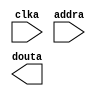
module program_memory(
  clka,
  addra,
  douta
);

input clka;
input [8 : 0] addra;
output [31 : 0] douta;

// synthesis translate_off

  BLK_MEM_GEN_V6_1 #(
    .C_ADDRA_WIDTH(9),
    .C_ADDRB_WIDTH(9),
    .C_ALGORITHM(1),
    .C_AXI_ID_WIDTH(4),
    .C_AXI_SLAVE_TYPE(0),
    .C_AXI_TYPE(1),
    .C_BYTE_SIZE(9),
    .C_COMMON_CLK(0),
    .C_DEFAULT_DATA("0"),
    .C_DISABLE_WARN_BHV_COLL(0),
    .C_DISABLE_WARN_BHV_RANGE(0),
    .C_FAMILY("spartan3"),
    .C_HAS_AXI_ID(0),
    .C_HAS_ENA(0),
    .C_HAS_ENB(0),
    .C_HAS_INJECTERR(0),
    .C_HAS_MEM_OUTPUT_REGS_A(0),
    .C_HAS_MEM_OUTPUT_REGS_B(0),
    .C_HAS_MUX_OUTPUT_REGS_A(0),
    .C_HAS_MUX_OUTPUT_REGS_B(0),
    .C_HAS_REGCEA(0),
    .C_HAS_REGCEB(0),
    .C_HAS_RSTA(0),
    .C_HAS_RSTB(0),
    .C_HAS_SOFTECC_INPUT_REGS_A(0),
    .C_HAS_SOFTECC_OUTPUT_REGS_B(0),
    .C_INIT_FILE_NAME("program_memory.mif"),
    .C_INITA_VAL("0"),
    .C_INITB_VAL("0"),
    .C_INTERFACE_TYPE(0),
    .C_LOAD_INIT_FILE(1),
    .C_MEM_TYPE(3),
    .C_MUX_PIPELINE_STAGES(0),
    .C_PRIM_TYPE(1),
    .C_READ_DEPTH_A(512),
    .C_READ_DEPTH_B(512),
    .C_READ_WIDTH_A(32),
    .C_READ_WIDTH_B(32),
    .C_RST_PRIORITY_A("CE"),
    .C_RST_PRIORITY_B("CE"),
    .C_RST_TYPE("SYNC"),
    .C_RSTRAM_A(0),
    .C_RSTRAM_B(0),
    .C_SIM_COLLISION_CHECK("ALL"),
    .C_USE_BYTE_WEA(0),
    .C_USE_BYTE_WEB(0),
    .C_USE_DEFAULT_DATA(0),
    .C_USE_ECC(0),
    .C_USE_SOFTECC(0),
    .C_WEA_WIDTH(1),
    .C_WEB_WIDTH(1),
    .C_WRITE_DEPTH_A(512),
    .C_WRITE_DEPTH_B(512),
    .C_WRITE_MODE_A("WRITE_FIRST"),
    .C_WRITE_MODE_B("WRITE_FIRST"),
    .C_WRITE_WIDTH_A(32),
    .C_WRITE_WIDTH_B(32),
    .C_XDEVICEFAMILY("spartan3e")
  )
  inst (
    .CLKA(clka),
    .ADDRA(addra),
    .DOUTA(douta),
    .RSTA(),
    .ENA(),
    .REGCEA(),
    .WEA(),
    .DINA(),
    .CLKB(),
    .RSTB(),
    .ENB(),
    .REGCEB(),
    .WEB(),
    .ADDRB(),
    .DINB(),
    .DOUTB(),
    .INJECTSBITERR(),
    .INJECTDBITERR(),
    .SBITERR(),
    .DBITERR(),
    .RDADDRECC(),
    .S_ACLK(),
    .S_ARESETN(),
    .S_AXI_AWID(),
    .S_AXI_AWADDR(),
    .S_AXI_AWLEN(),
    .S_AXI_AWSIZE(),
    .S_AXI_AWBURST(),
    .S_AXI_AWVALID(),
    .S_AXI_AWREADY(),
    .S_AXI_WDATA(),
    .S_AXI_WSTRB(),
    .S_AXI_WLAST(),
    .S_AXI_WVALID(),
    .S_AXI_WREADY(),
    .S_AXI_BID(),
    .S_AXI_BRESP(),
    .S_AXI_BVALID(),
    .S_AXI_BREADY(),
    .S_AXI_ARID(),
    .S_AXI_ARADDR(),
    .S_AXI_ARLEN(),
    .S_AXI_ARSIZE(),
    .S_AXI_ARBURST(),
    .S_AXI_ARVALID(),
    .S_AXI_ARREADY(),
    .S_AXI_RID(),
    .S_AXI_RDATA(),
    .S_AXI_RRESP(),
    .S_AXI_RLAST(),
    .S_AXI_RVALID(),
    .S_AXI_RREADY(),
    .S_AXI_INJECTSBITERR(),
    .S_AXI_INJECTDBITERR(),
    .S_AXI_SBITERR(),
    .S_AXI_DBITERR(),
    .S_AXI_RDADDRECC()
  );

// synthesis translate_on

endmodule